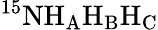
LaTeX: \mathrm{^{15}NH_{A}H_{B}H_{C}}